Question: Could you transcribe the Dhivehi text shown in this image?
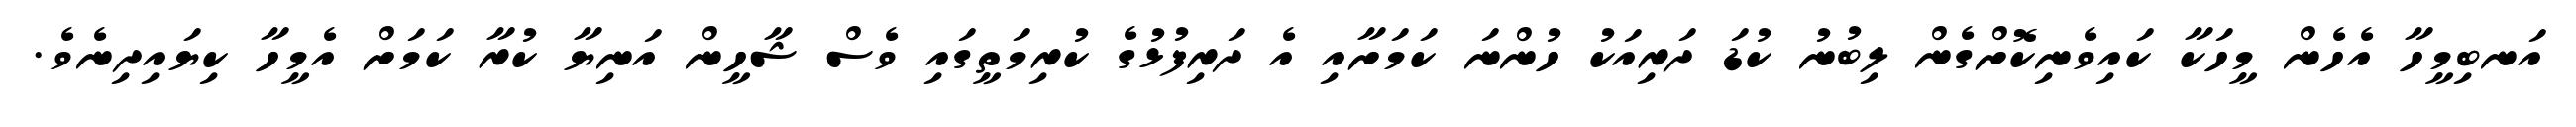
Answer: އަނބިމީހާ އެހެން މީހަކާ ކައިވެނިކޮށްގެން ލިބުނު ކުޑަ ދަރިއަކު ހުންނަ ކަމަށާއި އެ ދަރިފުޅުގެ ކުރިމަތީގައި ވެސް ޝާހީން އަނިޔާ ކުރާ ކަމަށް އެމީހާ ކިޔައިދިނެވެ.